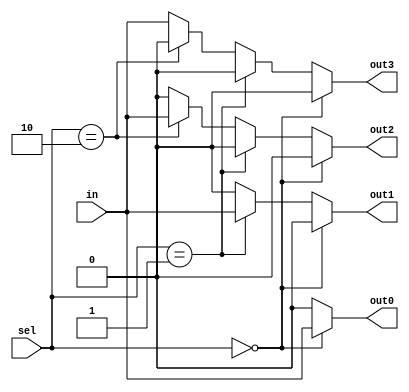
module demux(input wire [1:0] sel,
				input wire in,
				output reg out0,
				output reg out1,
				output reg out2,
				output reg out3
				);
always @(sel)
begin
if(sel==0)
	begin
	out0=in;
	out1=0;
	out2=0;
	out3=0;
	end
else if (sel==1)
	begin
	out0=0;
	out1=in;
	out2=0;
	out3=0;
	end
else if (sel==2)
	begin
	out0=0;
	out1=0;
	out2=in;
	out3=0;
	end
else
	begin
	out0=0;
	out1=0;
	out2=0;
	out3=in;
	end
end
endmodule